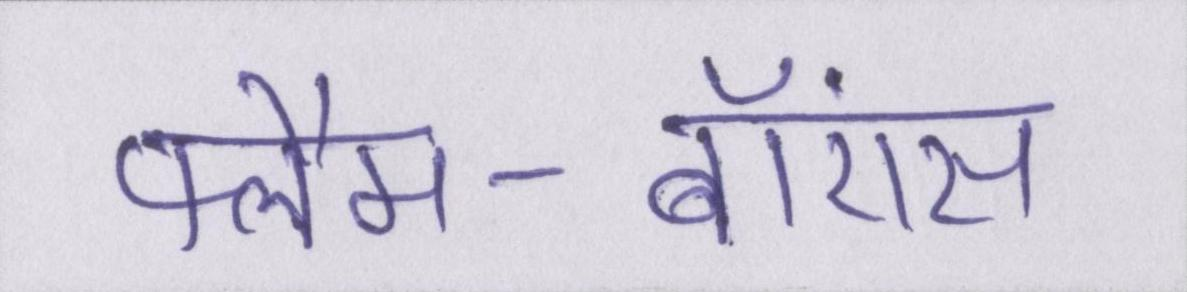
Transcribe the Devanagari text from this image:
फ्लैम-बॉएंस